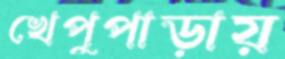
খেপুপাড়ায়